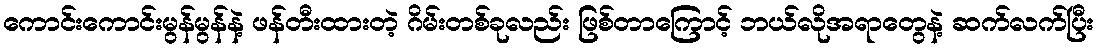
ကောင်းကောင်းမွန်မွန်နဲ့ ဖန်တီးထားတဲ့ ဂိမ်းတစ်ခုလည်း ဖြစ်တာကြောင့် ဘယ်လိုအရာတွေနဲ့ ဆက်လက်ပြီး